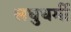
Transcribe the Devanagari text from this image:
लघुधर्मी